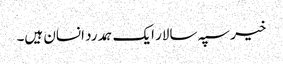
خیر سپہ سالار ایک ہمدرد انسان ہیں۔